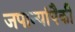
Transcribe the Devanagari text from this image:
जपान्यांपैकी